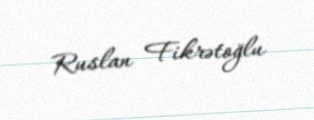
Ruslan Fikrətoğlu